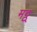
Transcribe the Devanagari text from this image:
मठ्ठ्